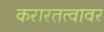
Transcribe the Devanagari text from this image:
करारतत्वावर